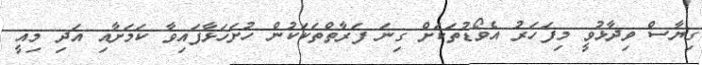
ގިޔާސް ވިދާޅުވީ މިފަހަރު އެވޯޑުތަކަށް ގިނަ ފަރާތްތަކަކުން ހުށަހަޅާފައިވާ ކަމަށާއި އަދި މިއީ